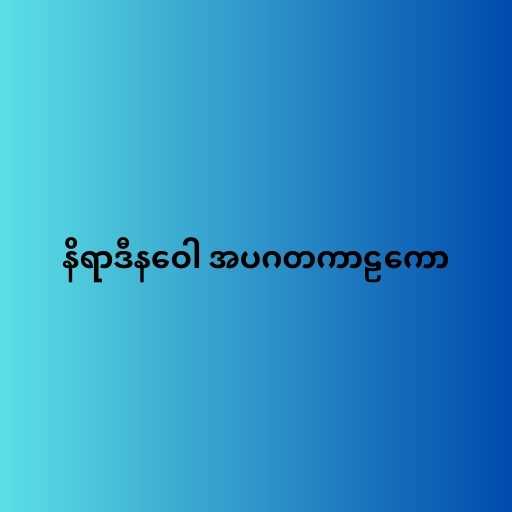
နိရာဒီနဝေါ အပဂတကာဠကော